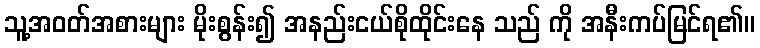
သူ့အဝတ်အစားများ မိုးစွန်း၍ အနည်းငယ်စိုထိုင်းနေ သည် ကို အနီးကပ်မြင်ရ၏။